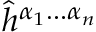
\hat { h } ^ { \alpha _ { 1 } \hdots \alpha _ { n } }